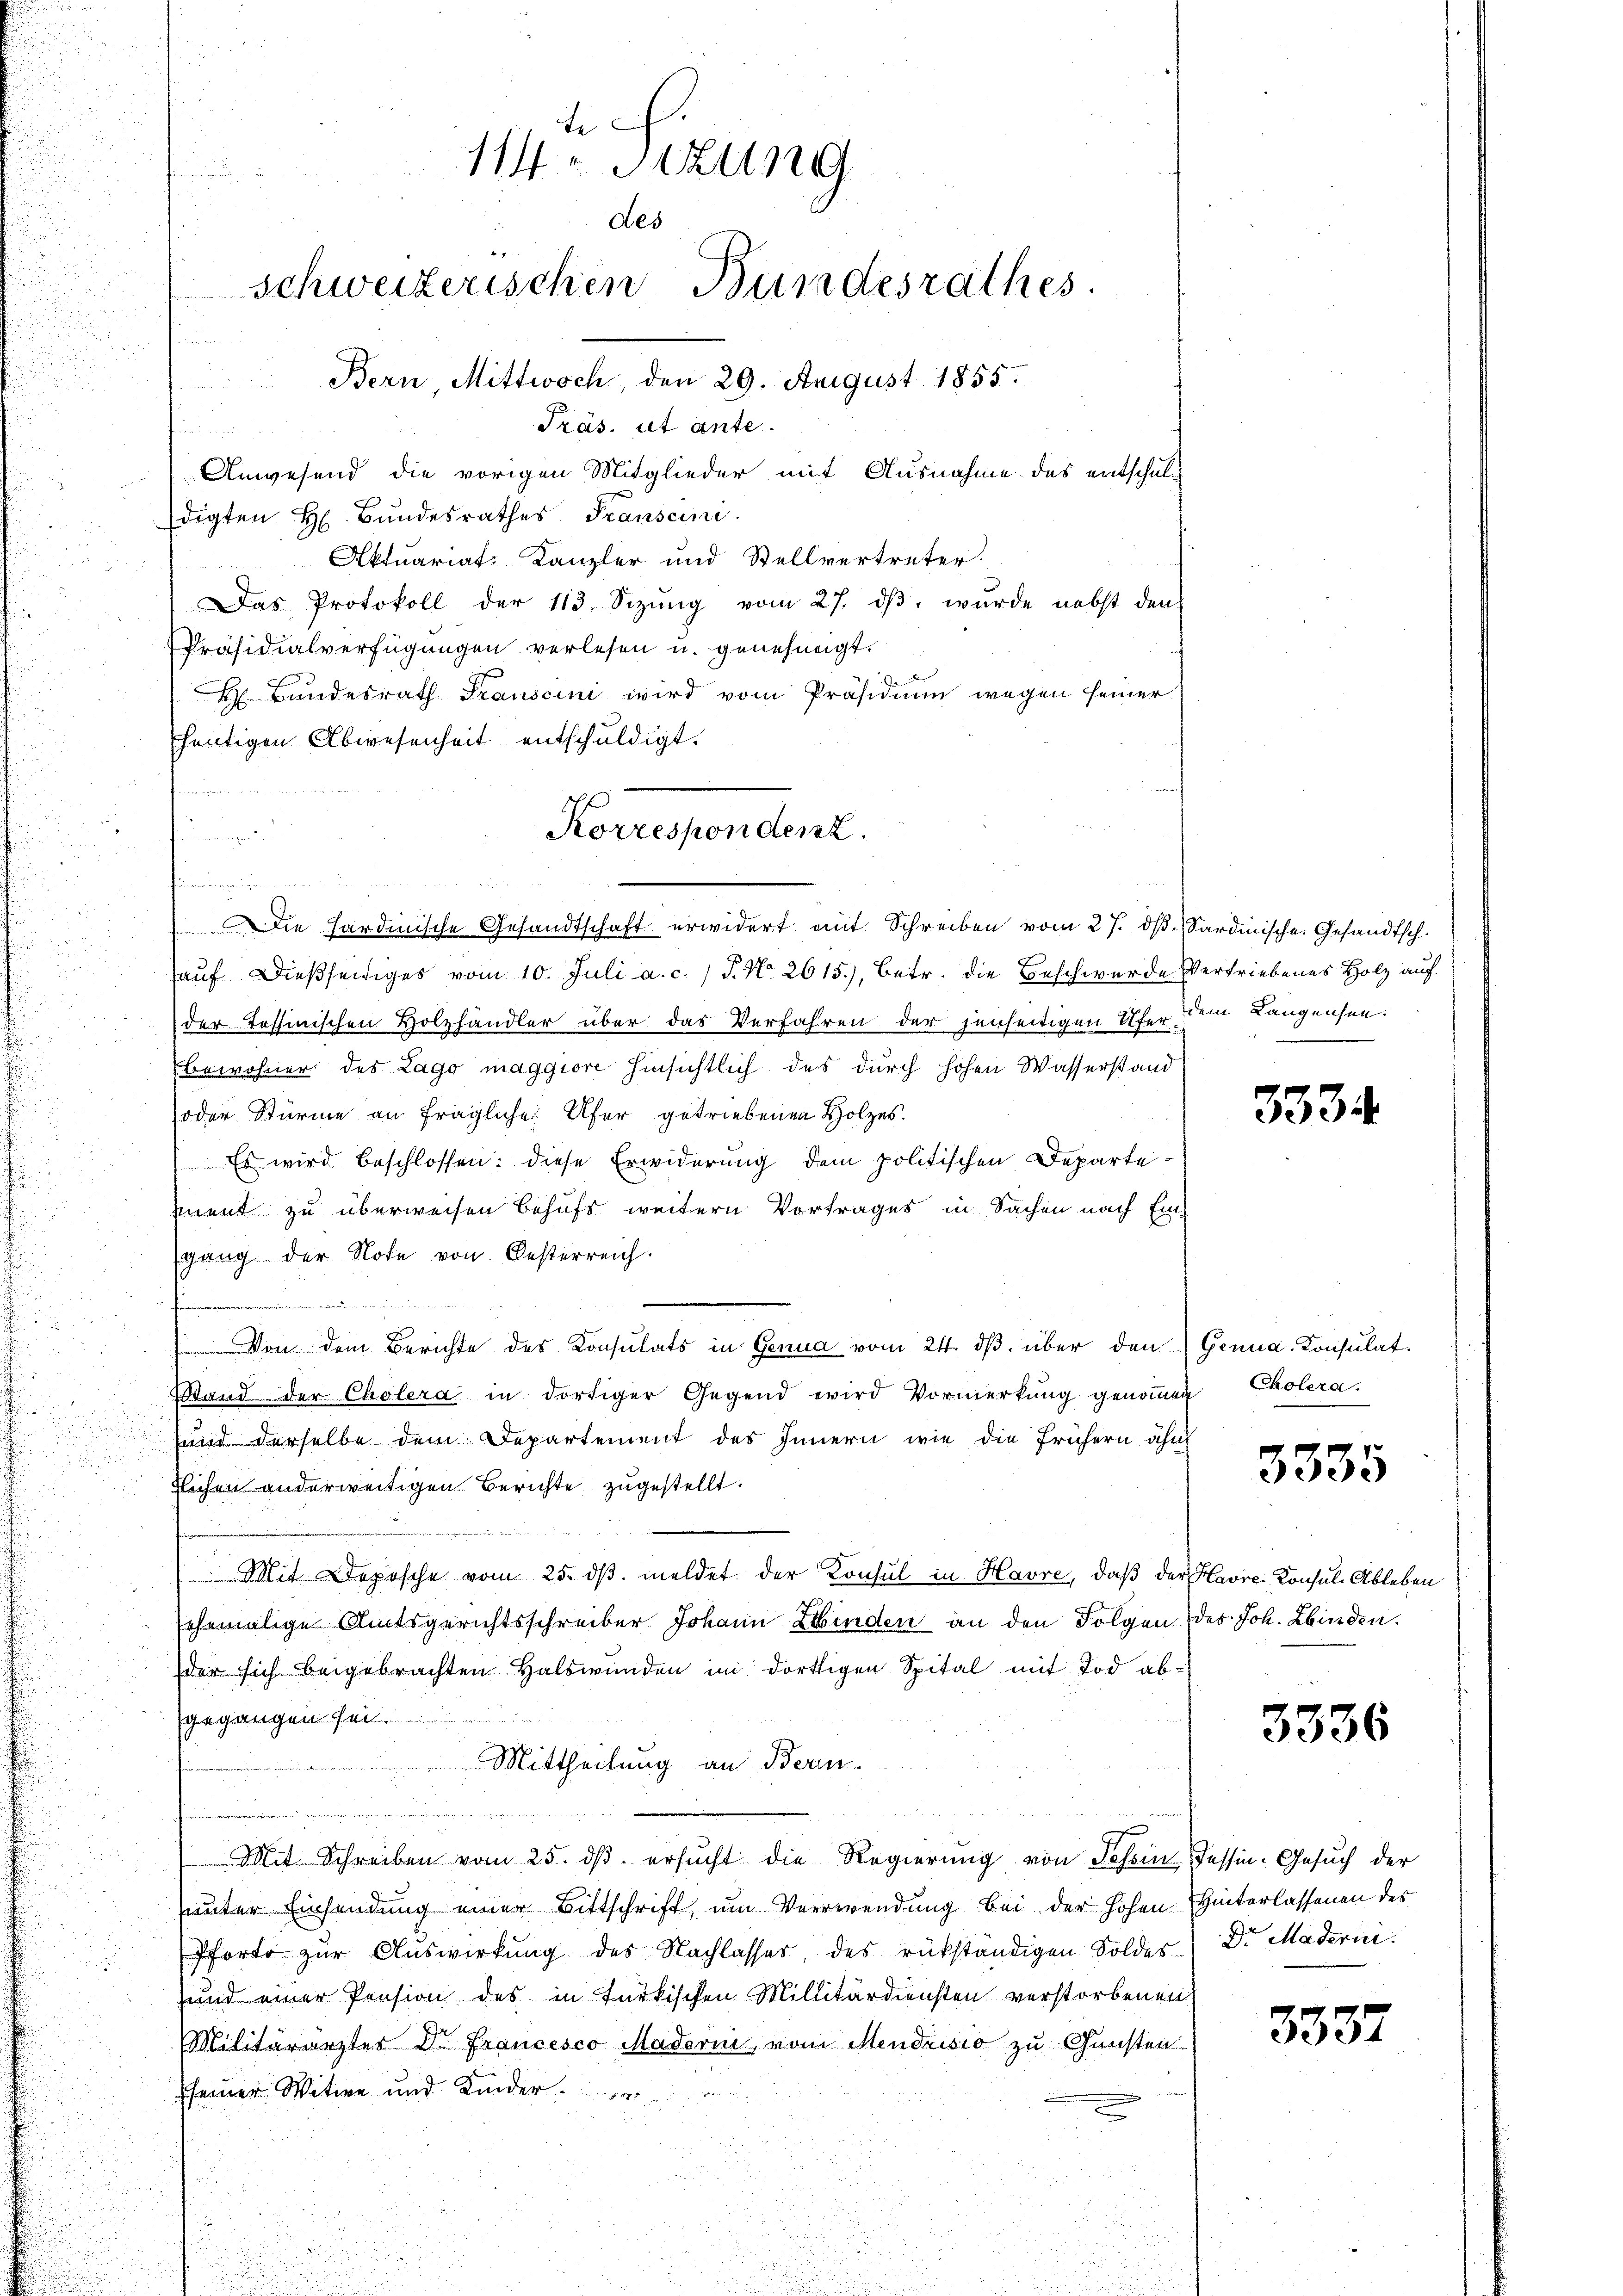
Die Hardinische Gesandtschaft erwidert mit Schreiben vom 27. dβ. Sardinische Gesandtsch.
auf dießseitiges vom 10. Juli a. c. / P. No 2615), betr. die Beschwerde Vertriebenes Holz auf
der Tessinischen Holzhändler über das Verfahren der jenseitigen Ufer dem Langensen.
bewohner des Lago maggiore hinsichtlich des durch hohen Wasserstand
oder Stürme an fragliche Ufer getriebenen Holzes.
Es wird beschlossen: diese Erwiderung dem politischen Departement zu überweisen behufs weitern Vortrages in Sachen nach Ei
gang der Note von Oesterreich.
en
Von dem Berichte des Konsulats in Genua vom 24. dβ über den Genua-Konsulat
Stand der Cholera in dortiger Gegend wird Vormerkung genommen Cholera.
sund derselbe dem Departement des Innern wie die frühern ähn
tlichen anderweitigen. Berichte zugestellt.
Mit Deposche vom 25. dβ. meldet der Konsul in Havre, daß der Havre Konsul- Ableben
ehemalige Amtsgerichtsschreiber Johann Kinden an den Folgen des Joh. Kinden.
der sich beigebrachten Halswunden im dortigen Spital mit Tod abgegangen sei.
Mittheilung an Bern.
Mit Schreiben vom 25. dβ ersŭcht die Regierŭng von Sohn, Tessin-Gesŭch der
unter Einsendung einer Bittschrift, um Verwendung bei der hohen Hinterlassenen des
Pfort zur Auswirkung des Nachlasses, des rükständigen Soldes Dr. Maderni
und einer Pension des in türkischen Millitärdiensten verstorbenen
Militärärzter Dr. Francesco Maderni, vom Mendrisio zu Gunsten
sseiner Witwe und Kinder

e
114 Sitzung
des
schweizerischen Bundesrathes.
Bern Mittwoch, den 29. August 1855.
Präs. ut ante.
und
Anwesend die vorigen Mitglieder mit Ausnahme des entschuldigten H. Bundesrathes Franscini
Aktuariat-Kanzler und Stellvertreter.
Das Protokoll der 113. Sizŭng vom 27. dβ. wurde nebst den
Präsidialverfügungen verlesen u. genehmigt.

H Bundesrath Trauscini wird vom Präsidium wegen seiner
heutigen Abwesenheit entschuldigt.

Korrespondenz.

333.

3335

3336

3337